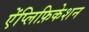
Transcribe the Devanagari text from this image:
ऐंप्लिफ़िकेशन